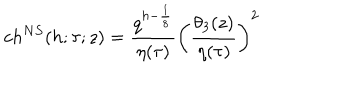
c h ^ { N S } ( h ; \tau ; z ) = { \frac { q ^ { h - { \frac { 1 } { 8 } } } } { \eta ( \tau ) } } \left( { \frac { \theta _ { 3 } ( z ) } { \eta ( \tau ) } } \right) ^ { 2 }